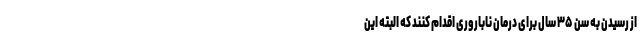
از رسیدن به سن ۳۵ سال برای درمان ناباروری اقدام کنند که البته این